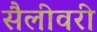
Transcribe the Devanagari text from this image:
सैलीवरी